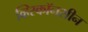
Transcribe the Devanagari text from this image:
व्हिस्कॉनसीन